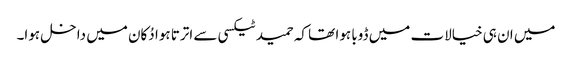
میں ان ہی خیالات میں ڈوبا ہوا تھا کہ حمید ٹیکسی سے اترتا ہوا دُکان میں داخل ہوا۔